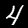
Label: 4